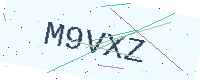
Text: M9VXZ